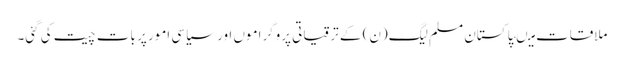
ملاقات میںپاکستان مسلم لیگ(ن) کے ترقیاتی پروگراموں اور سیاسی امور پر بات چیت کی گئی۔